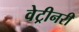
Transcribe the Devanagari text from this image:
वेट्रीनरी